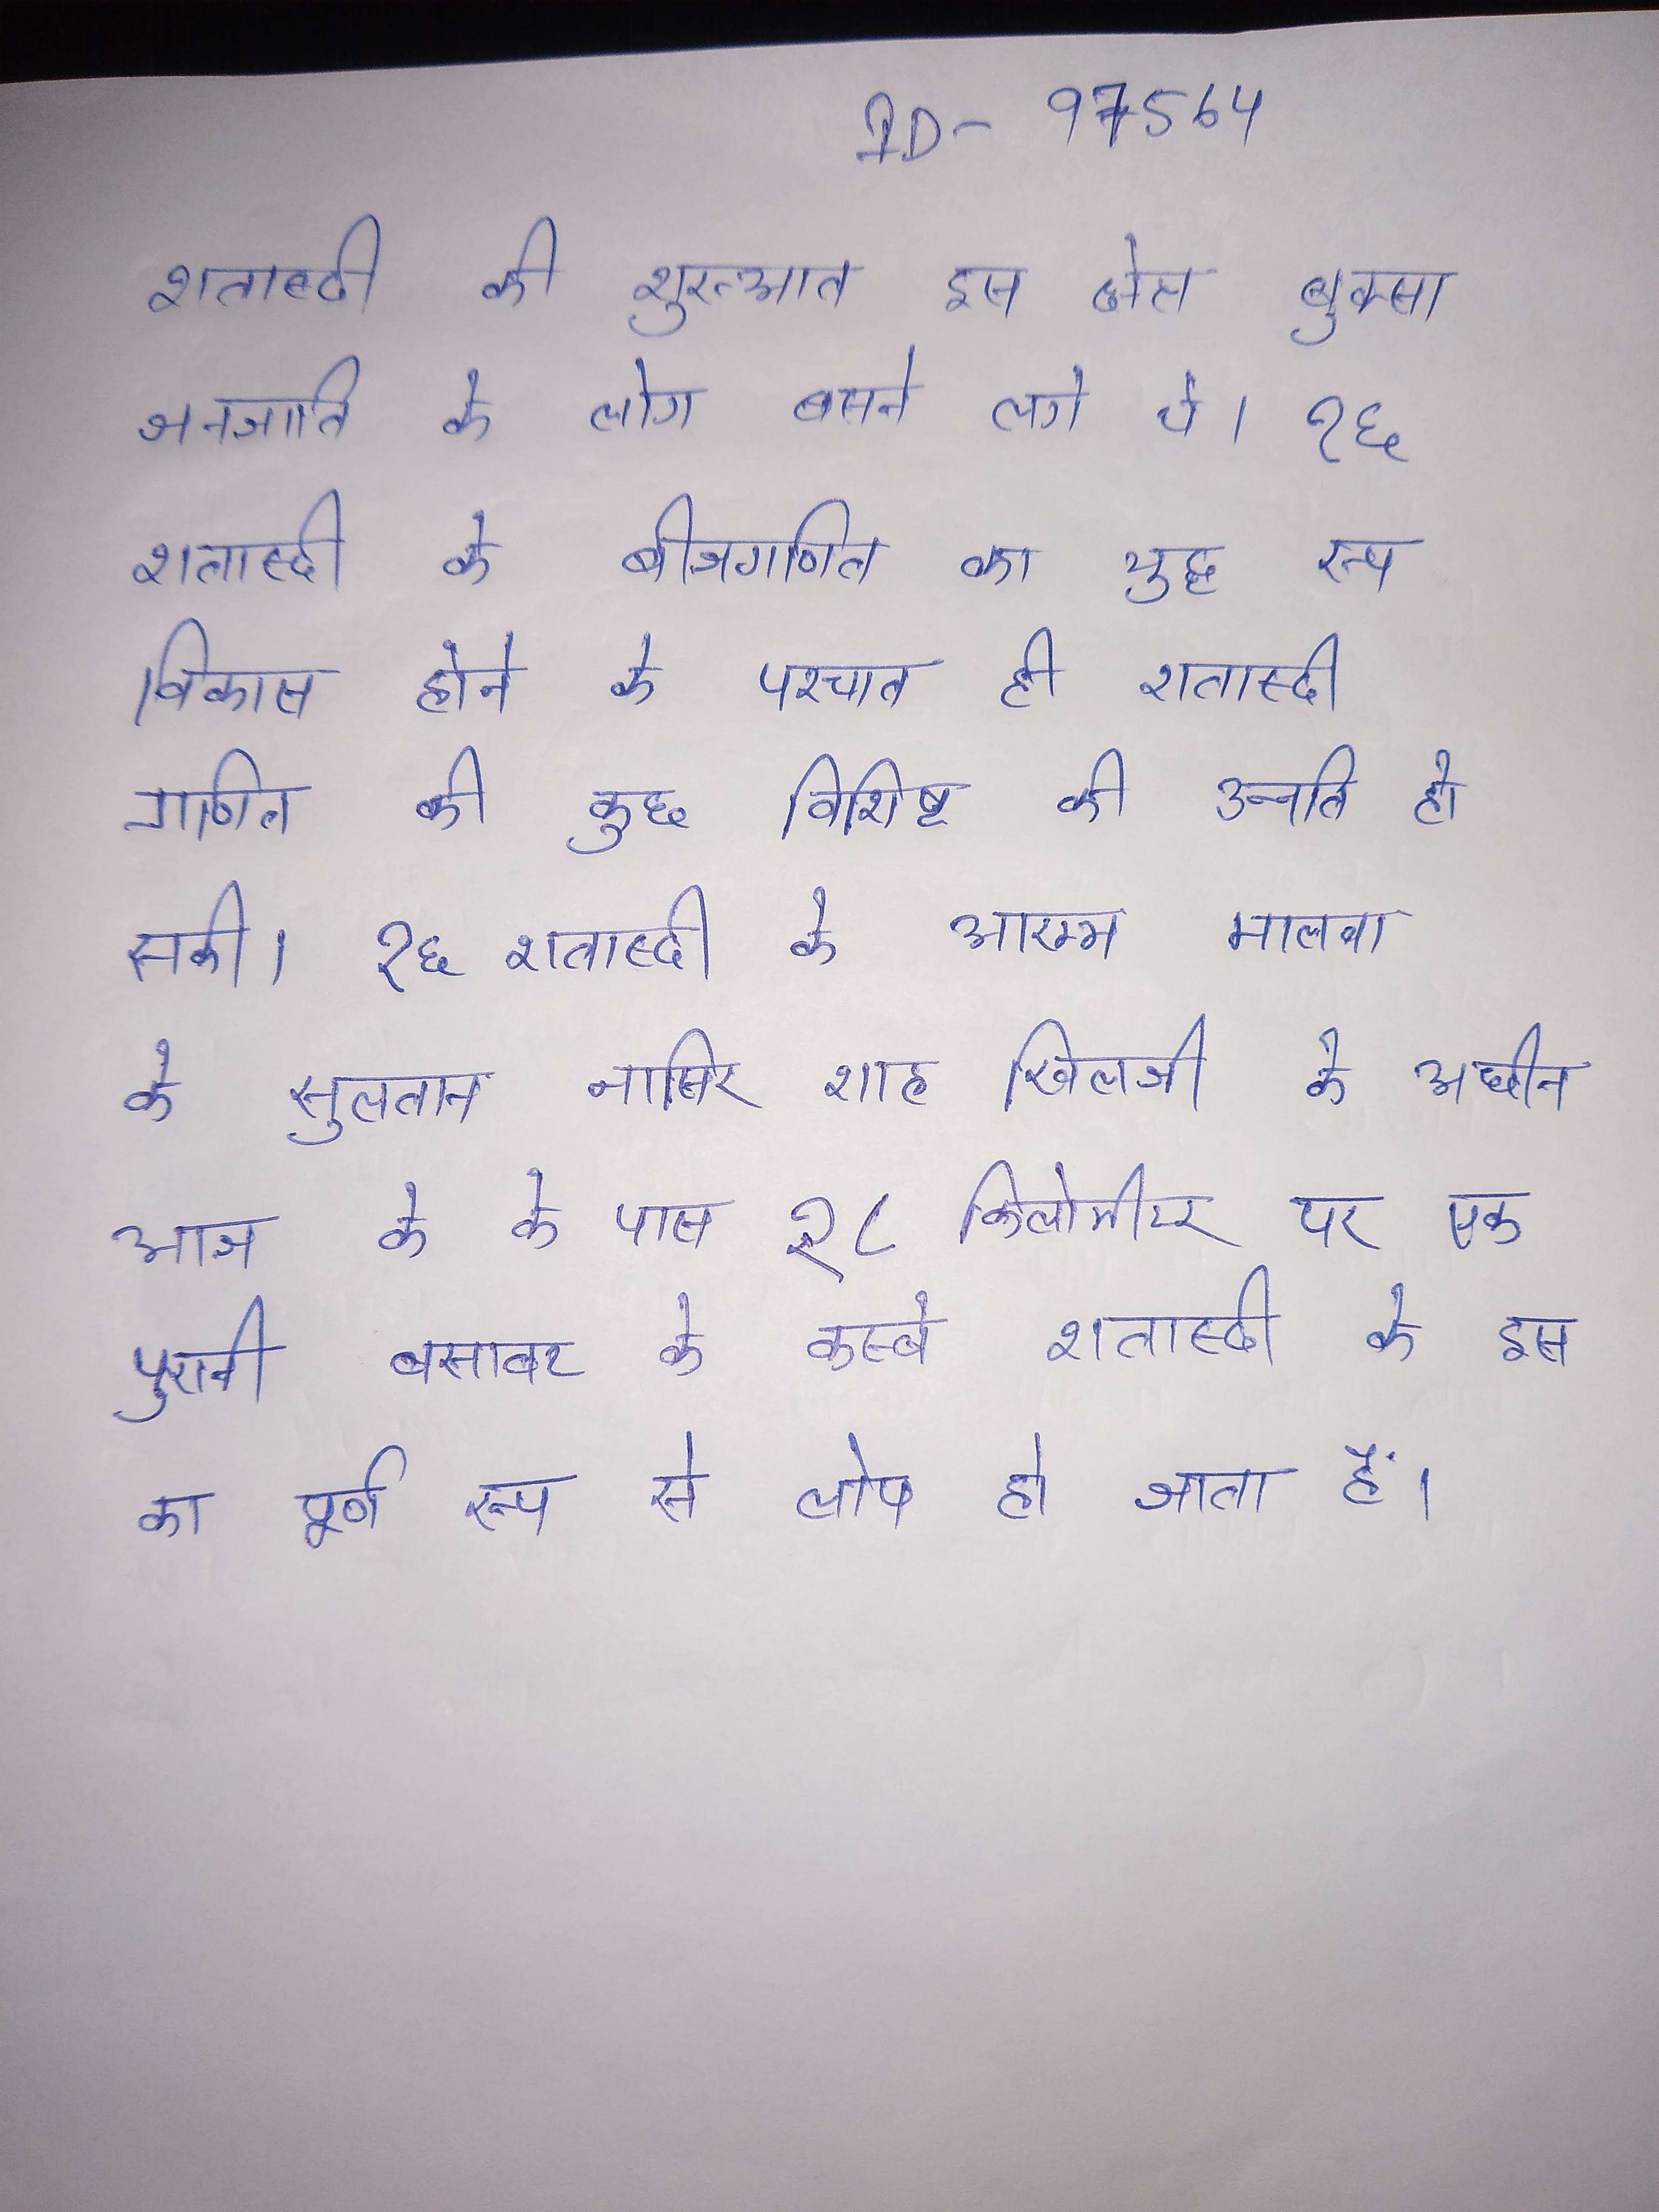
शताब्दी की शुरुआत इस क्षेत्र बुक्सा जनजाति के लोग बसने लगे थे । १६ शताब्दी के बीजगणित का शुद्ध रूप विकास होने के पश्चात ही शताब्दी गणित की कुछ विशिष्ट की उन्नति हो सकी । १६ शताब्दी के आरम्भ मालवा के सुलतान नासिर शाह खिलजी के अधीन आज के के पास १८ किलोमीटर पर एक पुरानी बसावट के कस्बे शताब्दी के इस का पूर्ण रूप से लोप हो जाता है ।